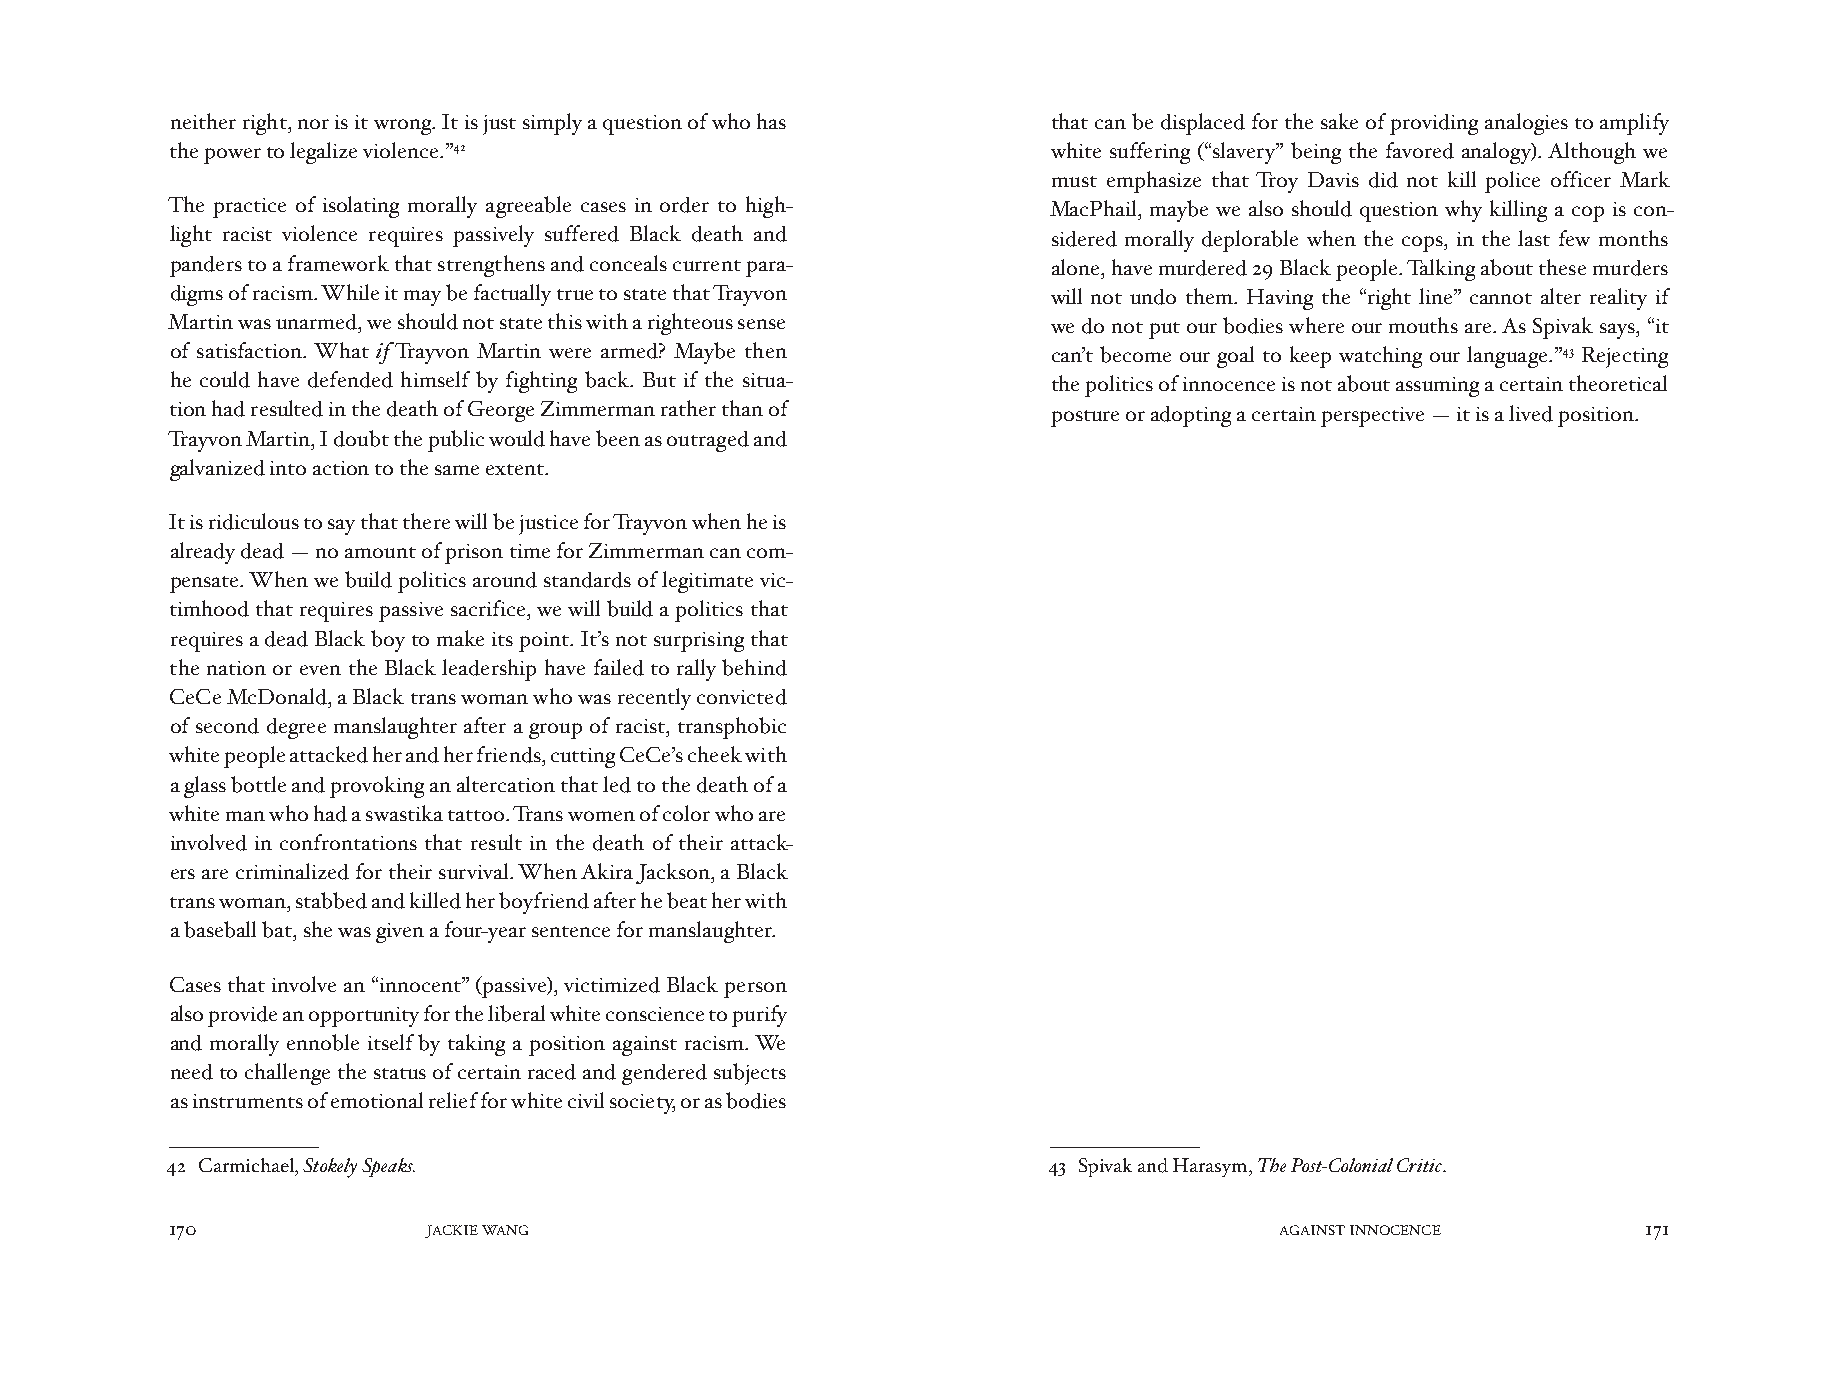
neither right, nor is it wrong. It is just simply a question of who has that can be displaced for the sake of providing analogies to amplify
 the power to legalize violence.”42                         white suffering (“slavery” being the favored analogy). Although we
 must emphasize that Troy Davis did not kill police officer Mark
 The practice of isolating morally agreeable cases in order to high- MacPhail, maybe we also should question why killing a cop is con-
 light racist violence requires passively suffered Black death and sidered morally deplorable when the cops, in the last few months
 panders to a framework that strengthens and conceals current para- alone, have murdered 29 Black people. Talking about these murders
 digms of racism. While it may be factually true to state that Trayvon will not undo them. Having the “right line” cannot alter reality if
 Martin was unarmed, we should not state this with a righteous sense we do not put our bodies where our mouths are. As Spivak says, “it
 of satisfaction. What if Trayvon Martin were armed? Maybe then can’t become our goal to keep watching our language.”43 Rejecting
 he could have defended himself by fighting back. But if the situa- the politics of innocence is not about assuming a certain theoretical
 tion had resulted in the death of George Zimmerman rather than of posture or adopting a certain perspective — it is a lived position.
 Trayvon Martin, I doubt the public would have been as outraged and
 galvanized into action to the same extent.
 It is ridiculous to say that there will be justice for Trayvon when he is
 already dead — no amount of prison time for Zimmerman can com-
 pensate. When we build politics around standards of legitimate vic-
 timhood that requires passive sacrifice, we will build a politics that
 requires a dead Black boy to make its point. It’s not surprising that
 the nation or even the Black leadership have failed to rally behind
 CeCe McDonald, a Black trans woman who was recently convicted
 of second degree manslaughter after a group of racist, transphobic
 white people attacked her and her friends, cutting CeCe’s cheek with
 a glass bottle and provoking an altercation that led to the death of a
 white man who had a swastika tattoo. Trans women of color who are
 involved in confrontations that result in the death of their attack-
 ers are criminalized for their survival. When Akira Jackson, a Black
 trans woman, stabbed and killed her boyfriend after he beat her with
 a baseball bat, she was given a four-year sentence for manslaughter.
 Cases that involve an “innocent” (passive), victimized Black person
 also provide an opportunity for the liberal white conscience to purify
 and morally ennoble itself by taking a position against racism. We
 need to challenge the status of certain raced and gendered subjects
 as instruments of emotional relief for white civil society, or as bodies
 42 Carmichael, Stokely Speaks.                            43 Spivak and Harasym, The Post-Colonial Critic.
 170              JACKIE WANG                                              AGAINST INNOCENCE       171